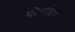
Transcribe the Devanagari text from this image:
पीनशिफ